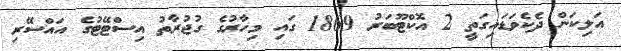
އަލިކަން ދެކެވަޑައިގަތީ 2 އޮކްޓޫބަރު 1869 ގައި މިހާރުގެ ގުޖުރާތު އިސްޓޭޓުގެ އައްސޭރި